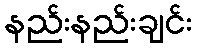
နည်းနည်းချင်း